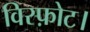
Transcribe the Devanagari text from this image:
विस्फ़ोट।